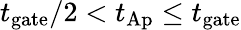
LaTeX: {t_{\mathrm{gate}}}/{2}<t_{\mathrm{Ap}}\leq t_{\mathrm{gate}}